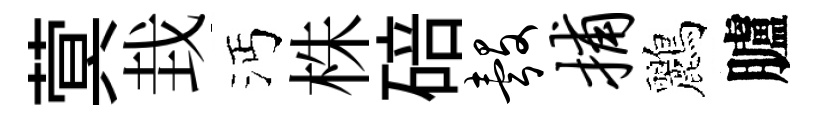
蓂㘽沔株碚彀捕鸝臚